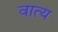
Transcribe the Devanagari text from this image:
वात्य